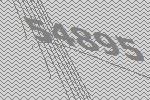
54895